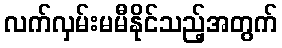
လက်လှမ်းမမီနိုင်သည့်အတွက်